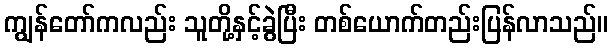
ကျွန်တော်ကလည်း သူတို့နှင့်ခွဲပြီး တစ်ယောက်တည်းပြန်လာသည်။